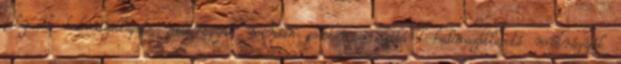
folyadék halmazállapotó műtrágyák minden esetben a szilárd halmazállapotó műtrágyák